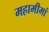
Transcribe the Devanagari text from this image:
महामीमां